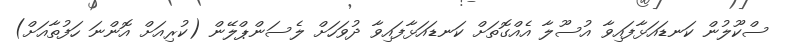
ސްކޫލުން ކަނޑައަޅާފައިވާ އުސޫލާ އެއްގޮތަށް ކަނޑައަޅާފައިވާ ދުވަހަށް ލެސަންޕްލޭން (ކުރިއަށް އޮންނަ ހަފުތާއަށް)